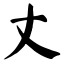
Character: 丈